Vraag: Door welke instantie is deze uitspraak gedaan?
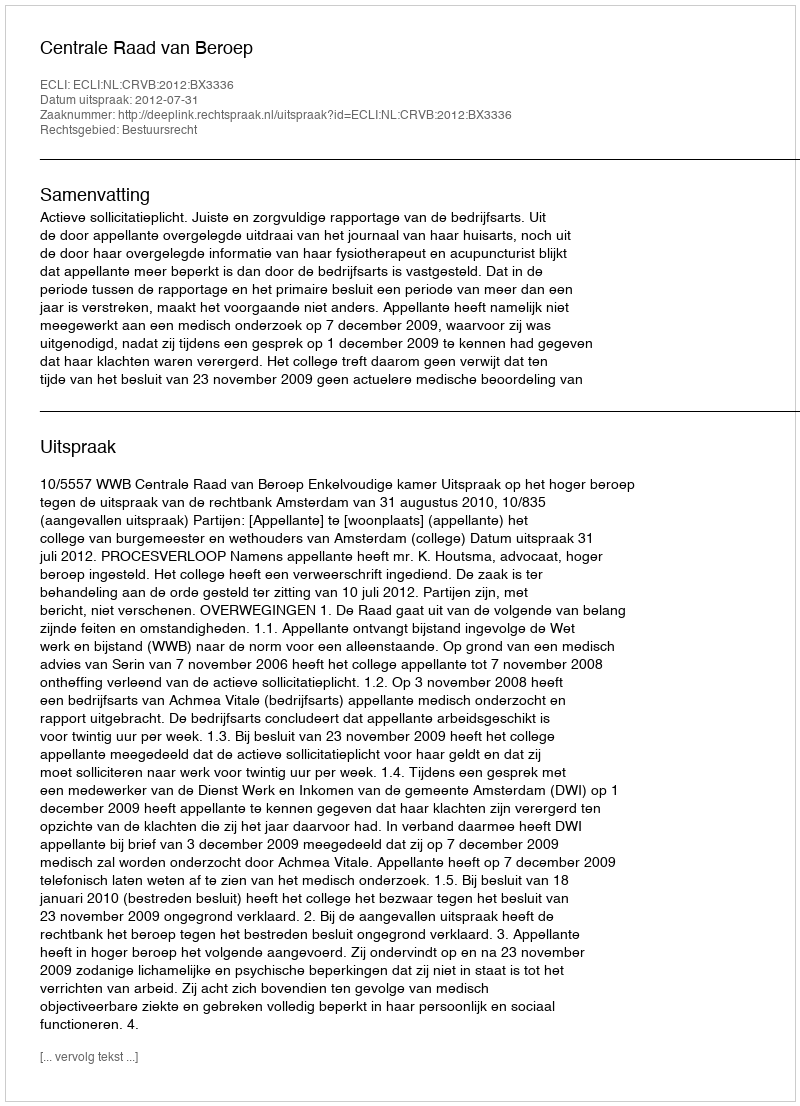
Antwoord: Centrale Raad van Beroep